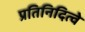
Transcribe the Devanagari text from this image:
प्रतिनिदित्वे